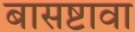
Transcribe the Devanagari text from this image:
बासष्टावा